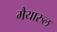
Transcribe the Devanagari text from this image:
मैयारुल्